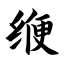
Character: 缏